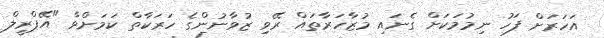
އަހަރަށް ފަހު ނިމުމަކަށް ގެނައި މުޒާހަރާތައް ރޭވި ޒުވާނުންގެ ހަރަކާތް ކަމަށްވާ "އޭޕްރީލް